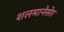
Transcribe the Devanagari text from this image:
शलमानेसेर